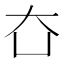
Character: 㚎